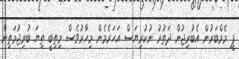
ޕީ މެމްބަރުން އެބުރިޖުން ދަތުރު ނުކުރިޔަސް އަހަރެމެން މިހާރުވެސް މިތިބީ ތިޔަ ބުރިޖުމަތިން